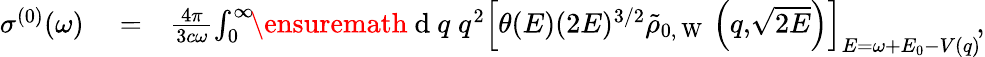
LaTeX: \begin{array}{rlr}{\sigma^{(0)}(\omega)}&{{}=}&{\frac{4\pi}{3c\omega}\! \int_{0}^{\infty}\! \! \ensuremath{\mathrm{~d~}}q\; q^{2}\left[\theta(E)(2E)^{3/2}\tilde{\rho}_{0,\mathrm{~W~}}\left(q,\! \sqrt{2E}\right)\right]_{E=\omega+E_{0}-V(q)}\! ,}\end{array}